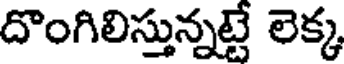
దొంగిలిస్తున్నట్టే లెక్క